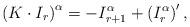
LaTeX: \begin{align*}\left(K\cdot I_{r}\right)^\alpha = -I_{r+1}^\alpha + \left(I_r^\alpha\right)' ,\end{align*}